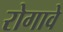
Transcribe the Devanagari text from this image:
रोगावे